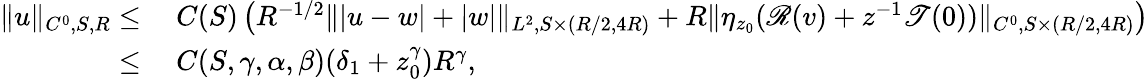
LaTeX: \begin{array}{rl}{\| u\| _{C^{0},S,R}\leq}&{\ C(S)\left(R^{-1/2}\| |u-w|+|w|\| _{L^{2},S\times(R/2,4R)}+R\| \eta_{z_{0}}(\mathscr{R}(v)+z^{-1}\mathscr{T}(0))\| _{C^{0},S\times(R/2,4R)}\right)}\\ {\leq}&{\ C(S,\gamma,\alpha,\beta)(\delta_{1}+z_{0}^{\gamma})R^{\gamma},}\end{array}